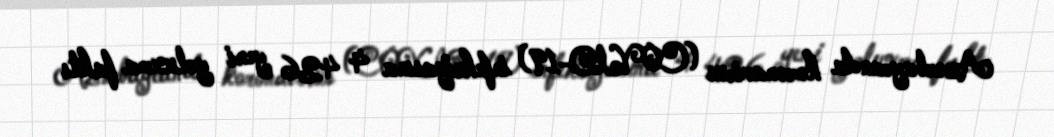
Azərbaycanda koronavirus (COVID-19) infeksiyasına 4 426 yeni yoluxma faktı